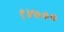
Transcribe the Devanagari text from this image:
९४०००